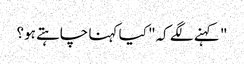
" کہنے لگے کہ" کیا کہنا چاہتے ہو؟